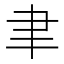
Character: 聿